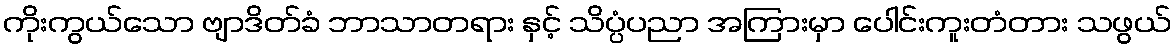
ကိုးကွယ်သော ဗျာဒိတ်ခံ ဘာသာတရား နှင့် သိပ္ပံပညာ အကြားမှာ ပေါင်းကူးတံတား သဖွယ်